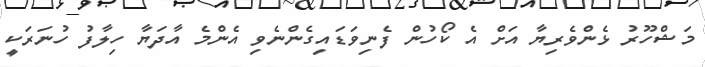
މަޝްހޫރު ޅެންވެރިޔާ އަށް އެ ކޯހުން ފެނިވަޑައިގެންނެވި އެންމެ އާދަޔާ ހިލާފު ހުނަރަކީ